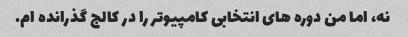
نه، اما من دوره های انتخابی کامپیوتر را در کالج گذرانده ام.